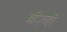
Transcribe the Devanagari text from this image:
बी२व्ही